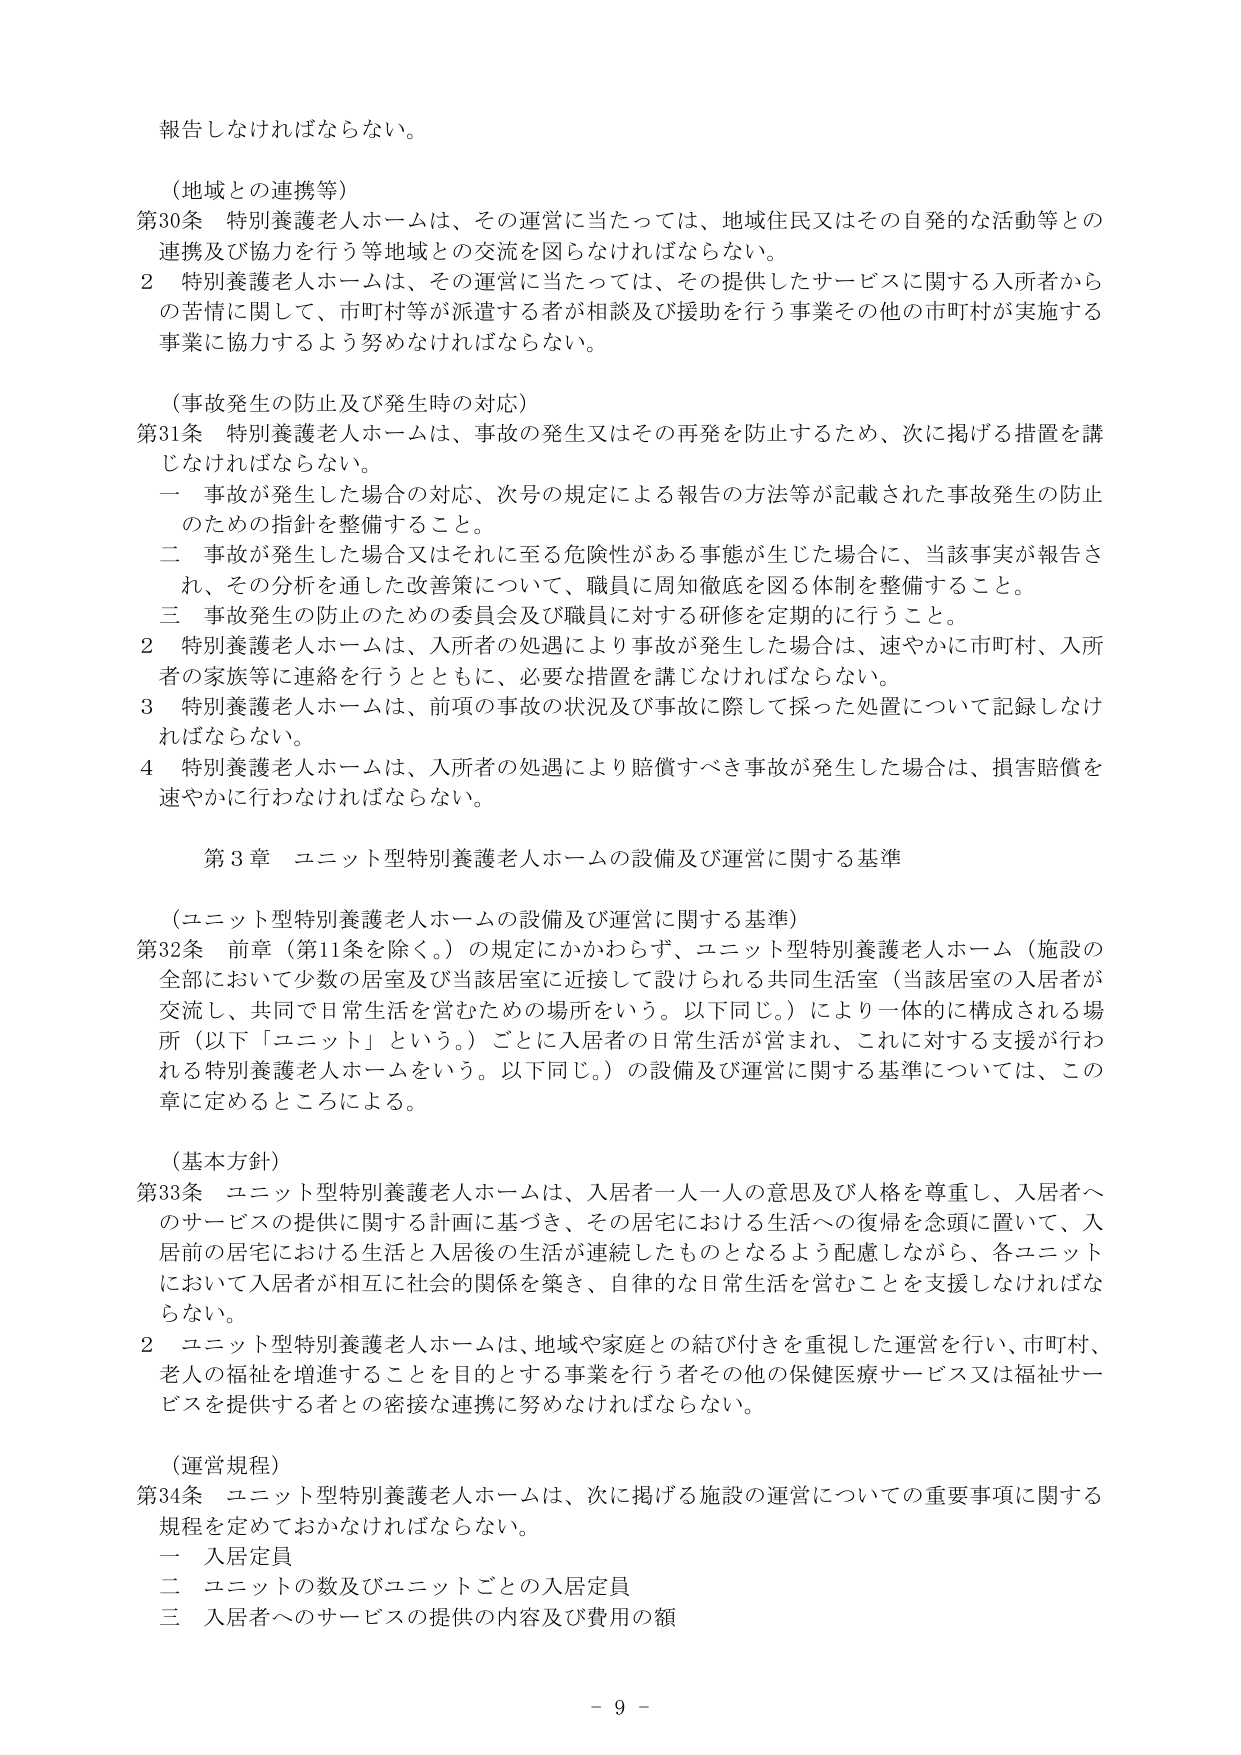
報告しなければならない。

（地域との連携等）
第30条 特別養護老人ホームは、その運営に当たっては、地域住民又はその自発的な活動等との
連携及び協力を行う等地域との交流を図らなければならない。
２ 特別養護老人ホームは、その運営に当たっては、その提供したサービスに関する入所者から
の苦情に関して、市町村等が派遣する者が相談及び援助を行う事業その他の市町村が実施する
事業に協力するよう努めなければならない。

（事故発生の防止及び発生時の対応）
第31条 特別養護老人ホームは、事故の発生又はその再発を防止するため、次に掲げる措置を講
じなければならない。
一 事故が発生した場合の対応、次号の規定による報告の方法等が記載された事故発生の防止
のための指針を整備すること。
二 事故が発生した場合又はそれに至る危険性がある事態が生じた場合に、当該事実が報告さ
れ、その分析を通した改善策について、職員に周知徹底を図る体制を整備すること。
三 事故発生の防止のための委員会及び職員に対する研修を定期的に行うこと。
２ 特別養護老人ホームは、入所者の処遇により事故が発生した場合は、速やかに市町村、入所
者の家族等に連絡を行うとともに、必要な措置を講じなければならない。
３ 特別養護老人ホームは、前項の事故の状況及び事故に際して採った処置について記録しなけ
ればならない。
４ 特別養護老人ホームは、入所者の処遇により賠償すべき事故が発生した場合は、損害賠償を
速やかに行わなければならない。

第3章 ユニット型特別養護老人ホームの設備及び運営に関する基準

（ユニット型特別養護老人ホームの設備及び運営に関する基準）
第32条 前章（第11条を除く。）の規定にかかわらず、ユニット型特別養護老人ホーム（施設の
全部において少数の居室及び当該居室に近接して設けられる共同生活室（当該居室の入居者が
交流し、共同で日常生活を営むための場所をいう。以下同じ。）により一体的に構成される場
所（以下「ユニット」という。）ごとに入居者の日常生活が営まれ、これに対する支援が行わ
れる特別養護老人ホームをいう。以下同じ。）の設備及び運営に関する基準については、この
章に定めるところによる。

（基本方針）
第33条 ユニット型特別養護老人ホームは、入居者一人一人の意思及び人格を尊重し、入居者へ
のサービスの提供に関する計画に基づき、その居宅における生活への復帰を念頭に置いて、入
居前の居宅における生活と入居後の生活が連続したものとなるよう配慮しながら、各ユニット
において入居者が相互に社会的関係を築き、自律的な日常生活を営むことを支援しなければな
らない。
２ ユニット型特別養護老人ホームは、地域や家庭との結び付きを重視した運営を行い、市町村、
老人の福祉を増進することを目的とする事業を行う者その他の保健医療サービス又は福祉サー
ビスを提供する者との密接な連携に努めなければならない。

（運営規程）
第34条 ユニット型特別養護老人ホームは、次に掲げる施設の運営についての重要事項に関する
規程を定めておかなければならない。
一 入居定員
二 ユニットの数及びユニットごとの入居定員
三 入居者へのサービスの提供の内容及び費用の額

- 9 -